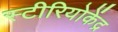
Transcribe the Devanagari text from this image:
स्टीरियोकेंद्र